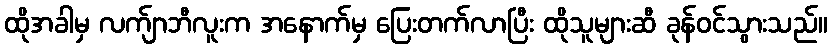
ထိုအခါမှ လက်ျာဘီလူးက အနောက်မှ ပြေးတက်လာပြီး ထိုသူများဆီ ခုန်ဝင်သွားသည်။